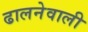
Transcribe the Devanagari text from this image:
ढालनेवाली